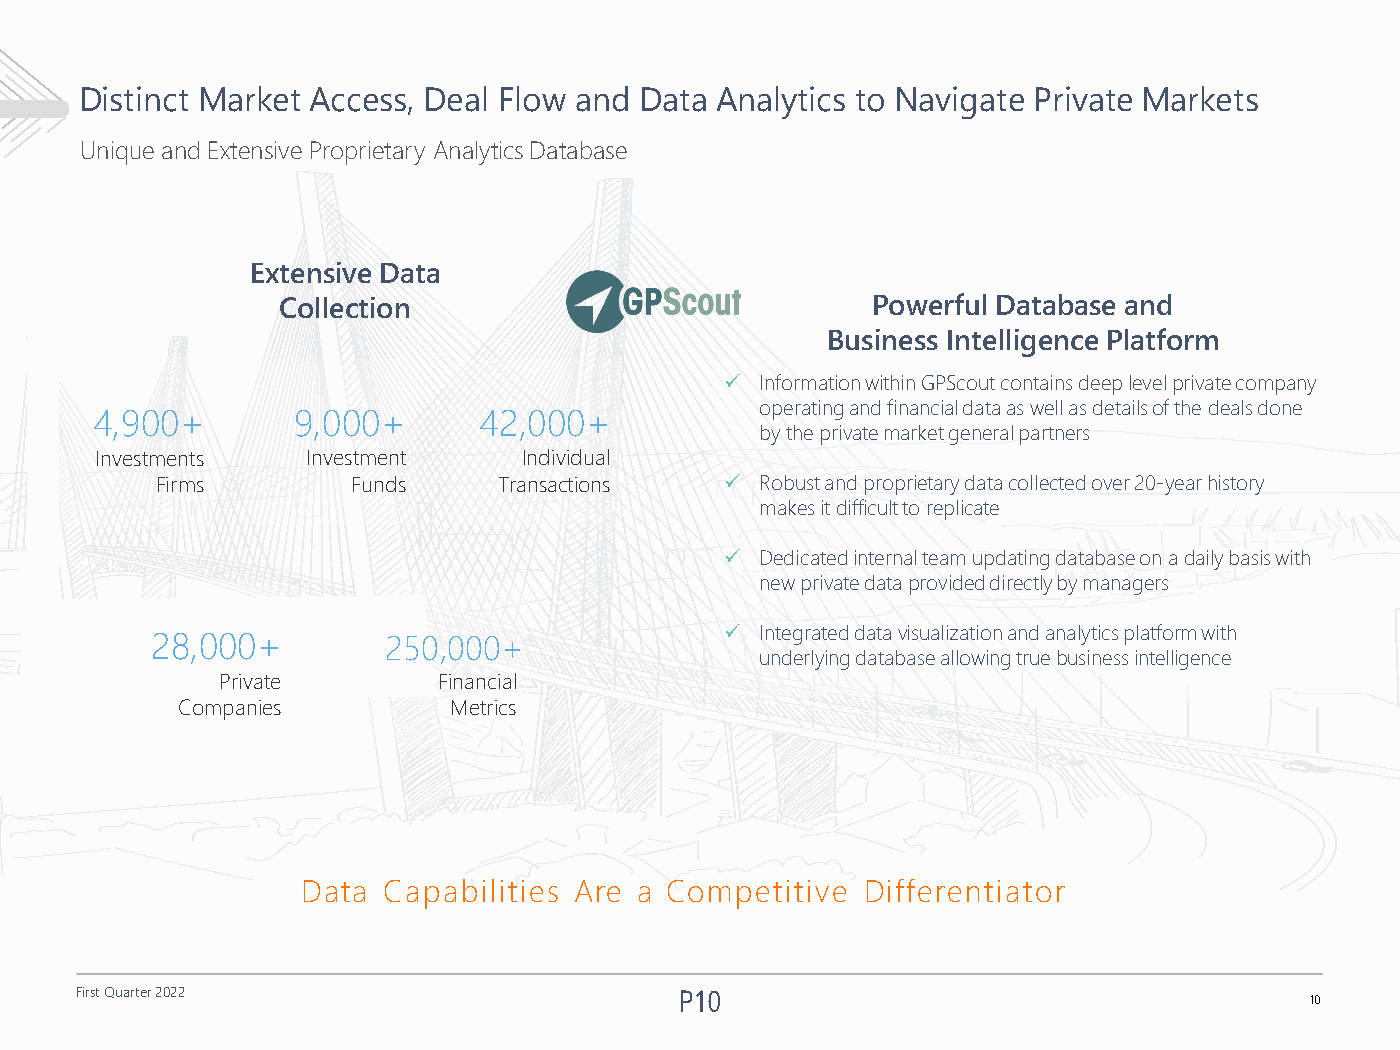
Distinct Market Access, Deal Flow and Data Analytics to Navigate Private Markets
 Unique andExtensive Proprietary AnalyticsDatabase
 Extensive Data
 Collection                              Powerful Database and
 Business Intelligence Platform
  InformationwithinGPScout containsdeeplevelprivatecompany
 operatingandfinancialdataas wellas details ofthedealsdone
 4,900+       9,000+       42,000+
 bytheprivatemarketgeneralpartners
 Investments   Investment     Individual
 Firms        Funds     Transactions    Robust and proprietary data collected over 20-year history
 makesitdifficultto replicate
  Dedicatedinternalteam updatingdatabaseonadaily basiswith
 new private dataprovideddirectlybymanagers
  Integrated data visualization and analytics platform with
 28,000+         250,000+
 underlyingdatabaseallowingtruebusinessintelligence
 Private        Financial
 Companies         Metrics
 Data Capabilities Are a Competitive  Differentiator
 First Quarter 2022
 10